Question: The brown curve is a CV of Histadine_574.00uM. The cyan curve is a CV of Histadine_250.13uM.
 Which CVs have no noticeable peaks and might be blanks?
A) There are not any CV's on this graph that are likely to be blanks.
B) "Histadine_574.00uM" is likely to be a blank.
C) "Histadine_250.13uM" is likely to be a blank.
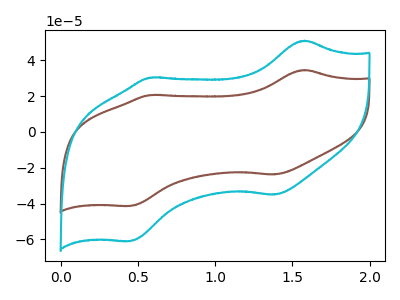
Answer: <think>The brown curve "Histadine_574.00uM" has anodic peaks at (1.60V, 34.55uA) (0.60V, 20.60uA) and cathodic peaks at (1.40V, -23.75uA) (0.45V, -41.35uA). The cyan curve "Histadine_250.13uM" has anodic peaks at (1.60V, 50.95uA) (0.60V, 30.35uA) and cathodic peaks at (1.40V, -35.00uA) (0.45V, -60.95uA).</think>
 <answer>A) There are not any CV's on this graph that are likely to be blanks.</answer>
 <eval>A</eval>